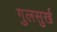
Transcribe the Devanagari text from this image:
गुलसुर्ख